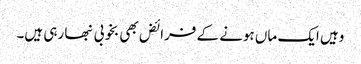
وہیں ایک ماں ہونے کے فرائض بھی بخوبی نبھا رہی ہیں۔